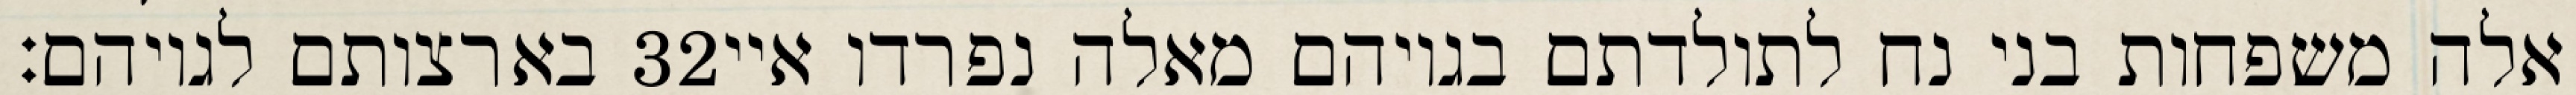
בארצותם לגויהם׃ ‎32‏ אלה משפחות בני נח לתולדתם בגויהם מאלה נפרדו איי